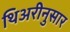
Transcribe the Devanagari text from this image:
थिअरीनुसार